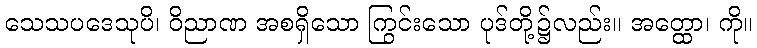
သေသပဒေသုပိ၊ ဝိညာဏ အစရှိသော ကြွင်းသော ပုဒ်တို့၌လည်း။ အတ္ထော၊ ကို။